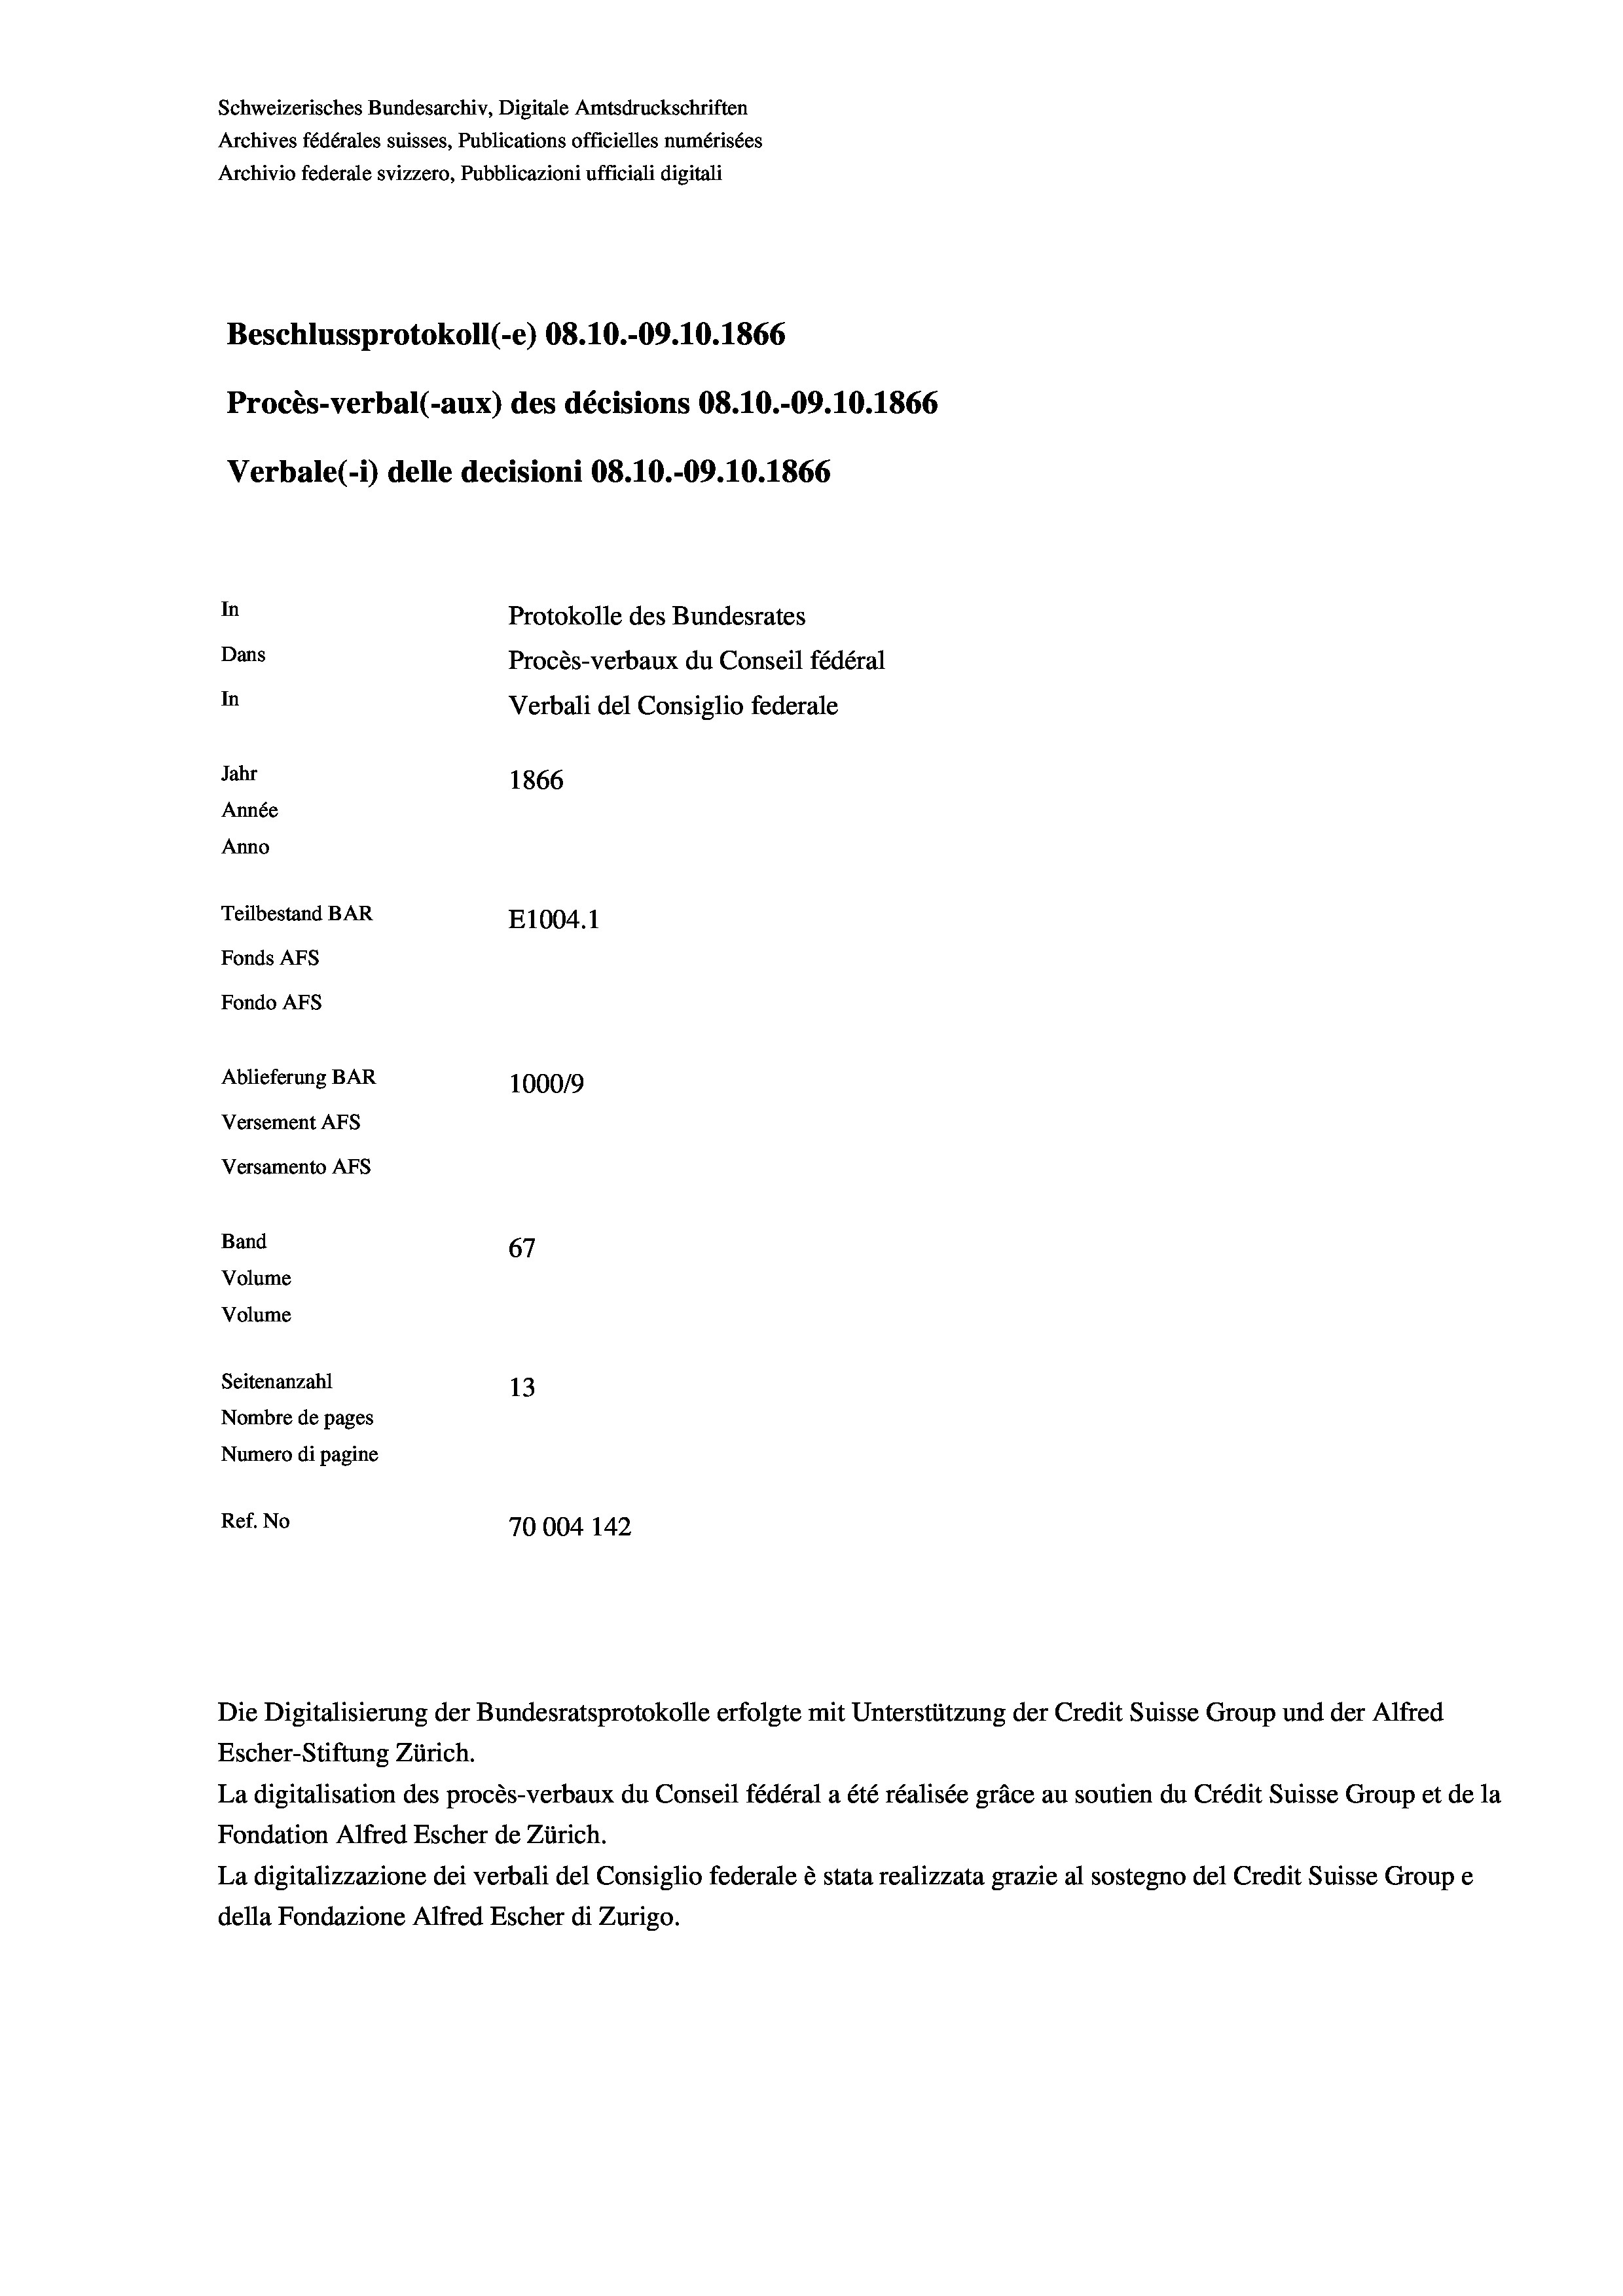
Schweizerisches Bundesarchiv, Digitale Amtsdruckschriften
Archives fédérales suisses, Publications officielles numérisées
Archivio federale svizzero, Pubblicazioni ufficiali digitali
Beschlussprotokoll (-e) 08.10.-09.10.1866
Procès-verbal (-aux) des décisions 08.10.-09.10.1866
Verbale (i) delle decisioni 08.10.-09.10.1866
In
Protokolle des Bundesrates
Dans
Procès-verbaux du Conseil fédéral
In
Verbali del Consiglio federale
Jahr
1866
Année
Anno
Teilbestand BAR
E1004.1
Fonds AFs
Fondo Afs
Ablieferung BAR
100019
Versement AFs
Versamento Afs
Band
67
Volume
Volume
Seitenanzahl
13

Nombre de pages
Numero di pagine
Ref. No
70004 142

La digitalisation des procès-verbaux du Conseil fédéral a été réalisée gräce au soutien du Crédit Suisse Group et de la
Fondation Alfred Escher de Zürich.
La digitalizzazione dei verbali del Consiglio federale è stata realizzata grazie al sostegno del Credit Suisse Groupe
della Fondazione Alfred Escher di Zurigo.

Die Digitalisierung der Bundesratsprotokolle erfolgte mit Unterstützung der Credit Suisse Group und der Alfred
Escher-Stiftung Zürich.